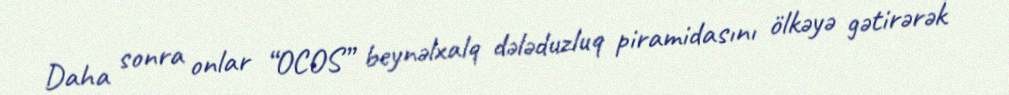
Daha sonra onlar “OCOS” beynəlxalq dələduzluq piramidasını ölkəyə gətirərək